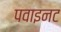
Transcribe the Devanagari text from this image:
पवाइनट